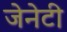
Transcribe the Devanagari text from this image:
जेनेटी